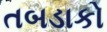
તબડાકો